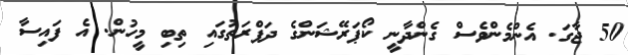
50 ޖާގަ. އެންމެންވެސް ގެންދާނީ ކޯޕަރޭޝަންގެ ދަފްރަތުގައި ތިބި މީހުން. އެ ފައިސާ